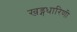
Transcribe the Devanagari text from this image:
खड्गधारिणी